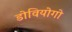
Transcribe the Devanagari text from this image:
डोवियोगो